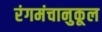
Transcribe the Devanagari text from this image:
रंगमंचानुकूल